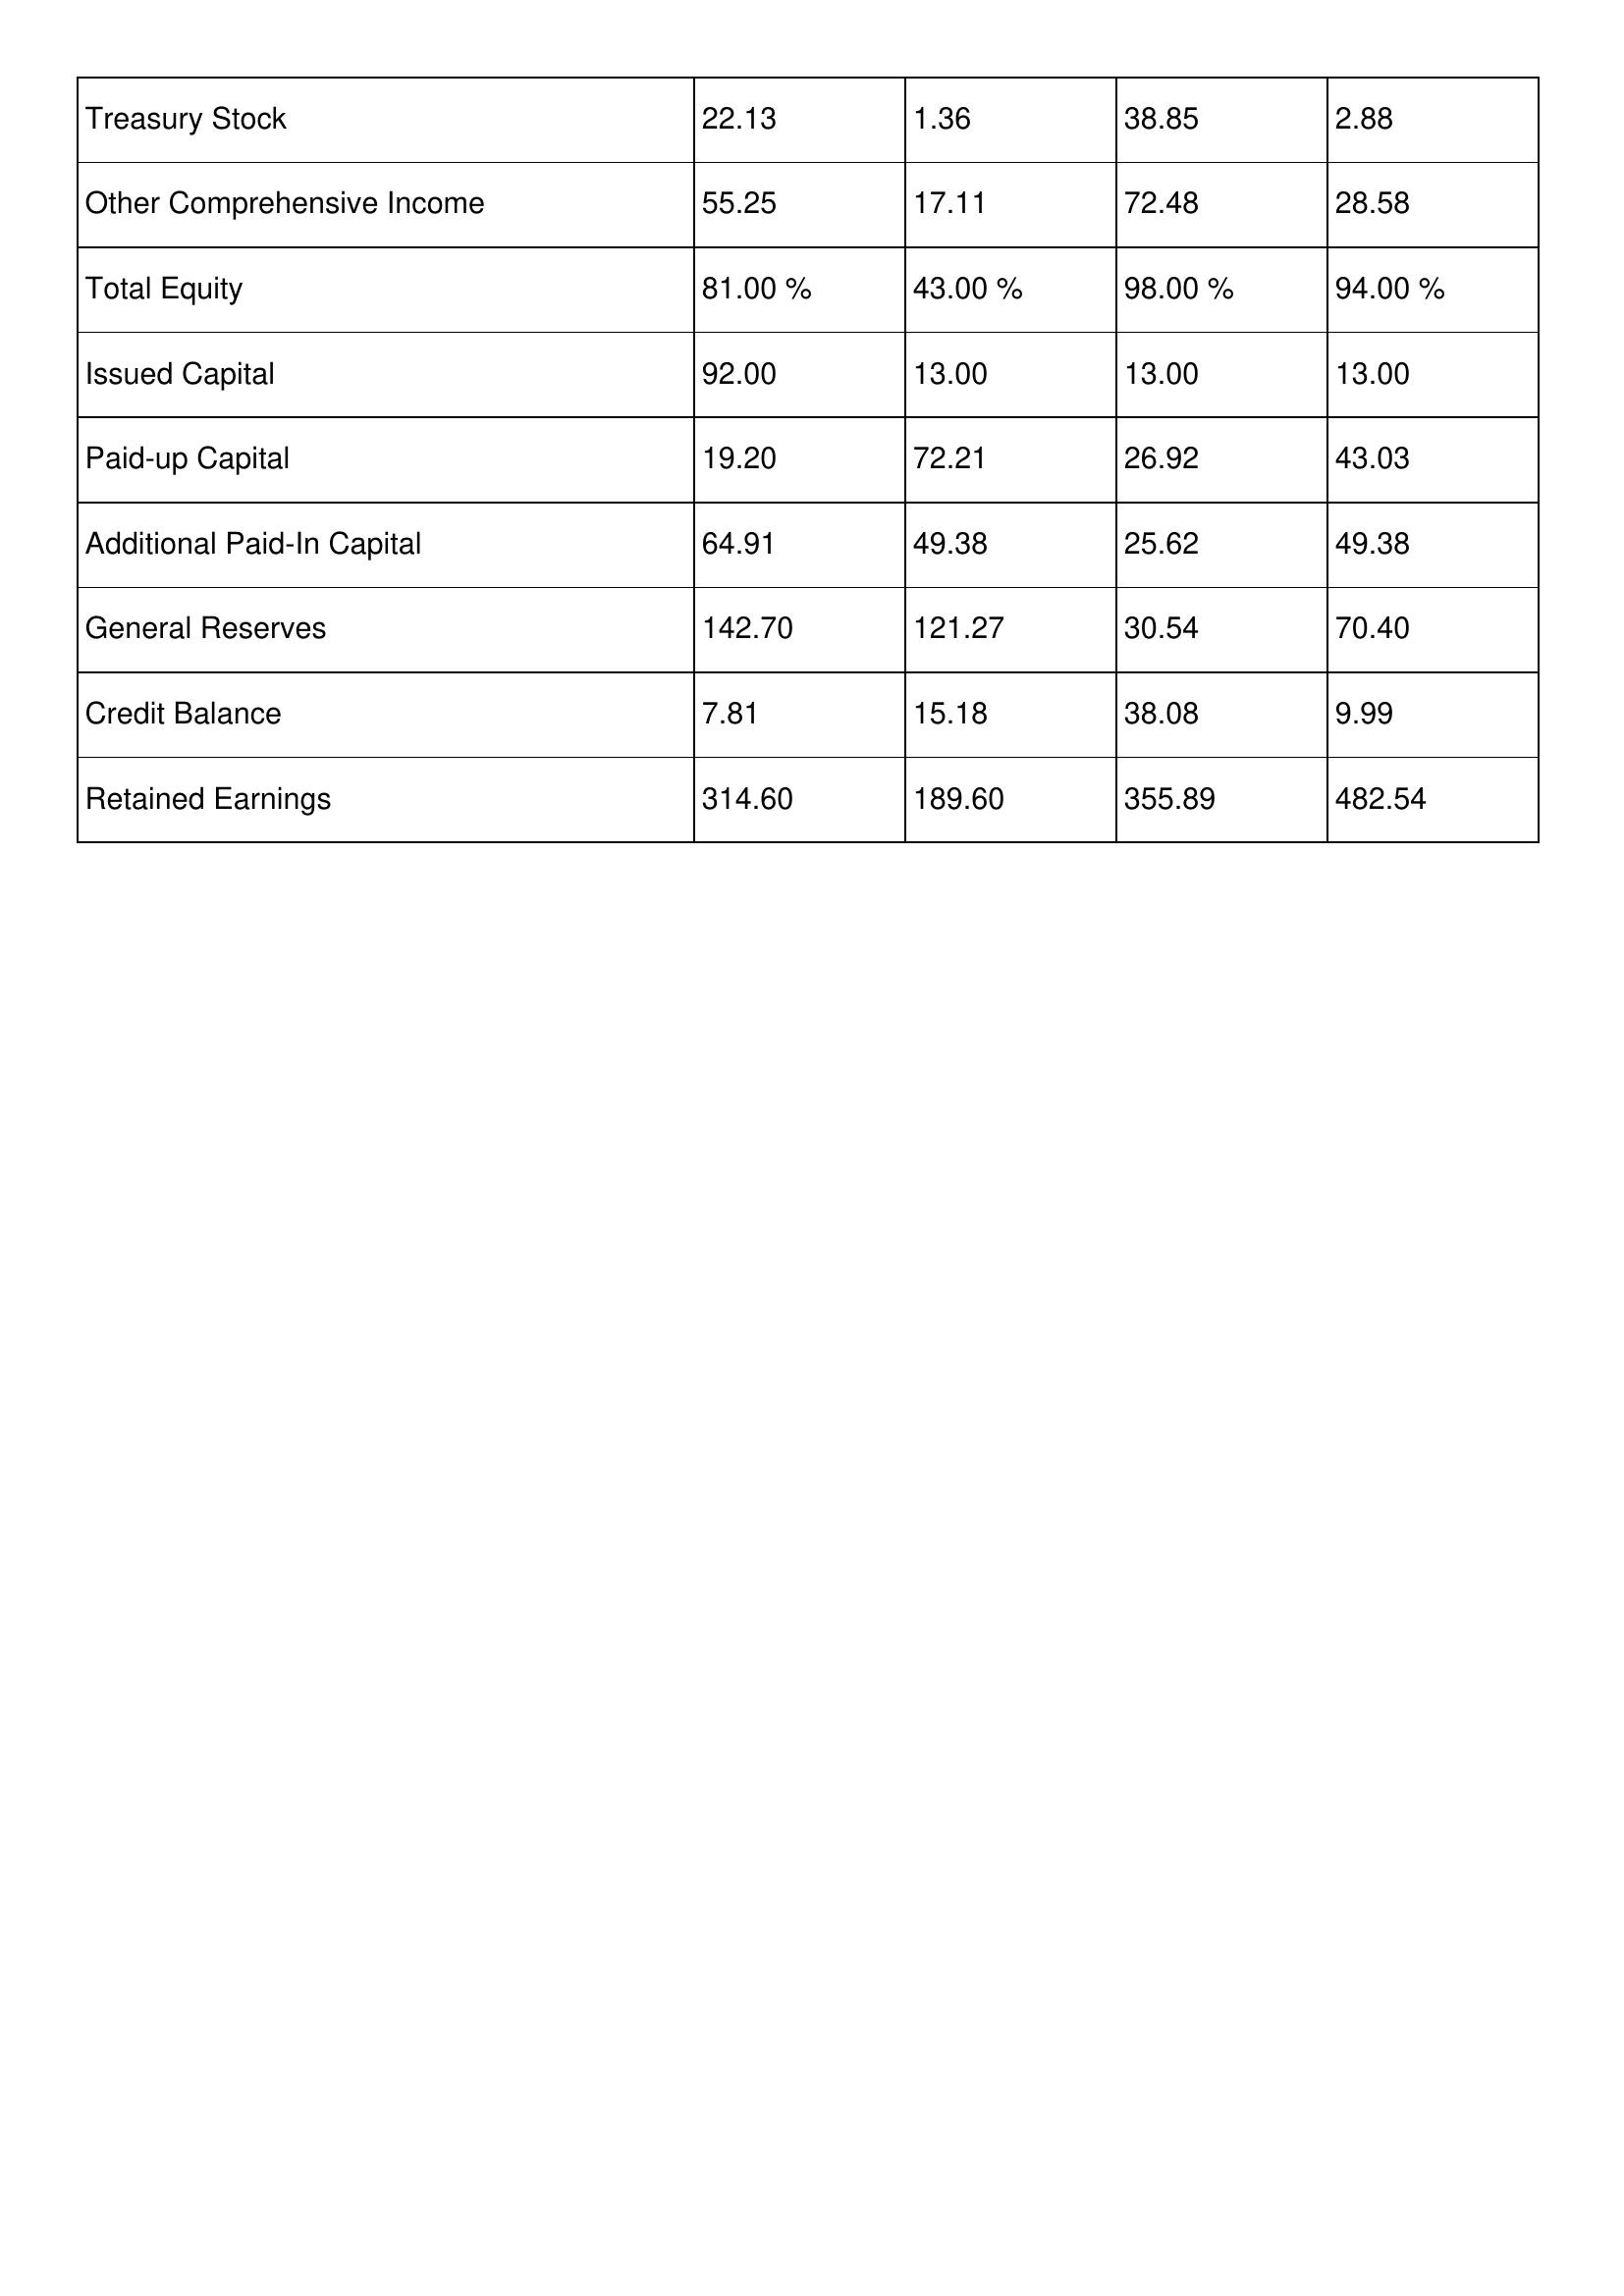
gt_parse: 2011: Treasury Stock: 22.13
Other Comprehensive Income: 55.25
Total Equity: 81.00 %
Issued Capital: 92.00
Paid-up Capital: 19.20
Additional Paid-In Capital: 64.91
General Reserves: 142.70
Credit Balance: 7.81
Retained Earnings: 314.60
2010: Treasury Stock: 1.36
Other Comprehensive Income: 17.11
Total Equity: 43.00 %
Issued Capital: 13.00
Paid-up Capital: 72.21
Additional Paid-In Capital: 49.38
General Reserves: 121.27
Credit Balance: 15.18
Retained Earnings: 189.60
2009: Treasury Stock: 38.85
Other Comprehensive Income: 72.48
Total Equity: 98.00 %
Issued Capital: 13.00
Paid-up Capital: 26.92
Additional Paid-In Capital: 25.62
General Reserves: 30.54
Credit Balance: 38.08
Retained Earnings: 355.89
2008: Treasury Stock: 2.88
Other Comprehensive Income: 28.58
Total Equity: 94.00 %
Issued Capital: 13.00
Paid-up Capital: 43.03
Additional Paid-In Capital: 49.38
General Reserves: 70.40
Credit Balance: 9.99
Retained Earnings: 482.54